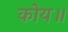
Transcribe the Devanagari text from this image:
कोय॥